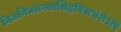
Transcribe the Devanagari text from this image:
निजनिजतन्त्रप्रसिद्धविद्याभ्रंशेऽपि